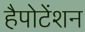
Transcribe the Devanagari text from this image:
हैपोटेंशन